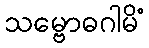
သမ္ဗောဓဂါမိံ